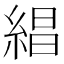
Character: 𬗡